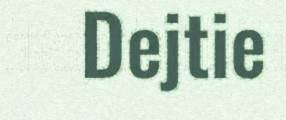
Dejtie